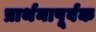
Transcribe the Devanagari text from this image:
प्रार्थनापूर्वक